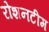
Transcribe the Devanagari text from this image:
रोशनटीम